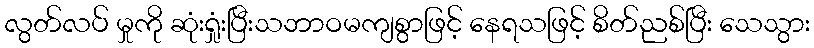
လွတ်လပ် မှုကို ဆုံးရှုံးပြီးသဘာဝမကျစွာဖြင့် နေရသဖြင့် စိတ်ညစ်ပြီး သေသွား